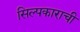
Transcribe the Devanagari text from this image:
सिल्पकाराची